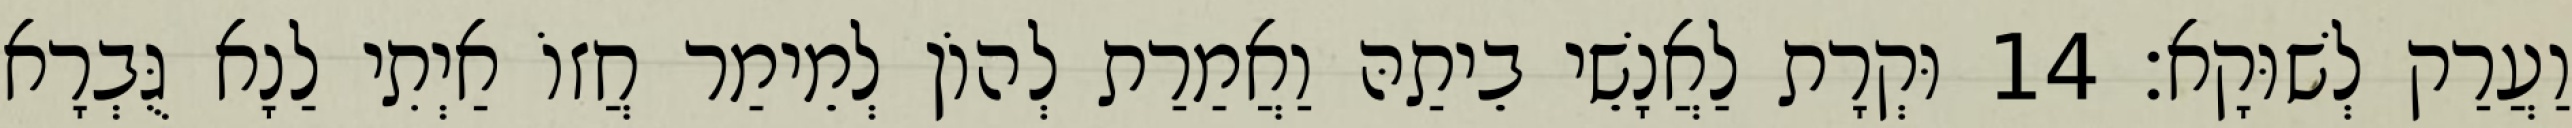
וַעֲרַק לְשׁוּקָא׃ 14 וּקְרָת לַאֲנָשֵׁי בֵיתַהּ וַאֲמַרַת לְהוֹן לְמֵימַר חֲזוֹ אַיְתִי לַנָא גֻּבְרָא